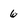
Character: 6